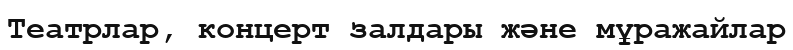
Театрлар, концерт залдары және мұражайлар